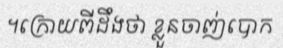
។ក្រោយពីដឹងថា ខ្លួនចាញ់បោក